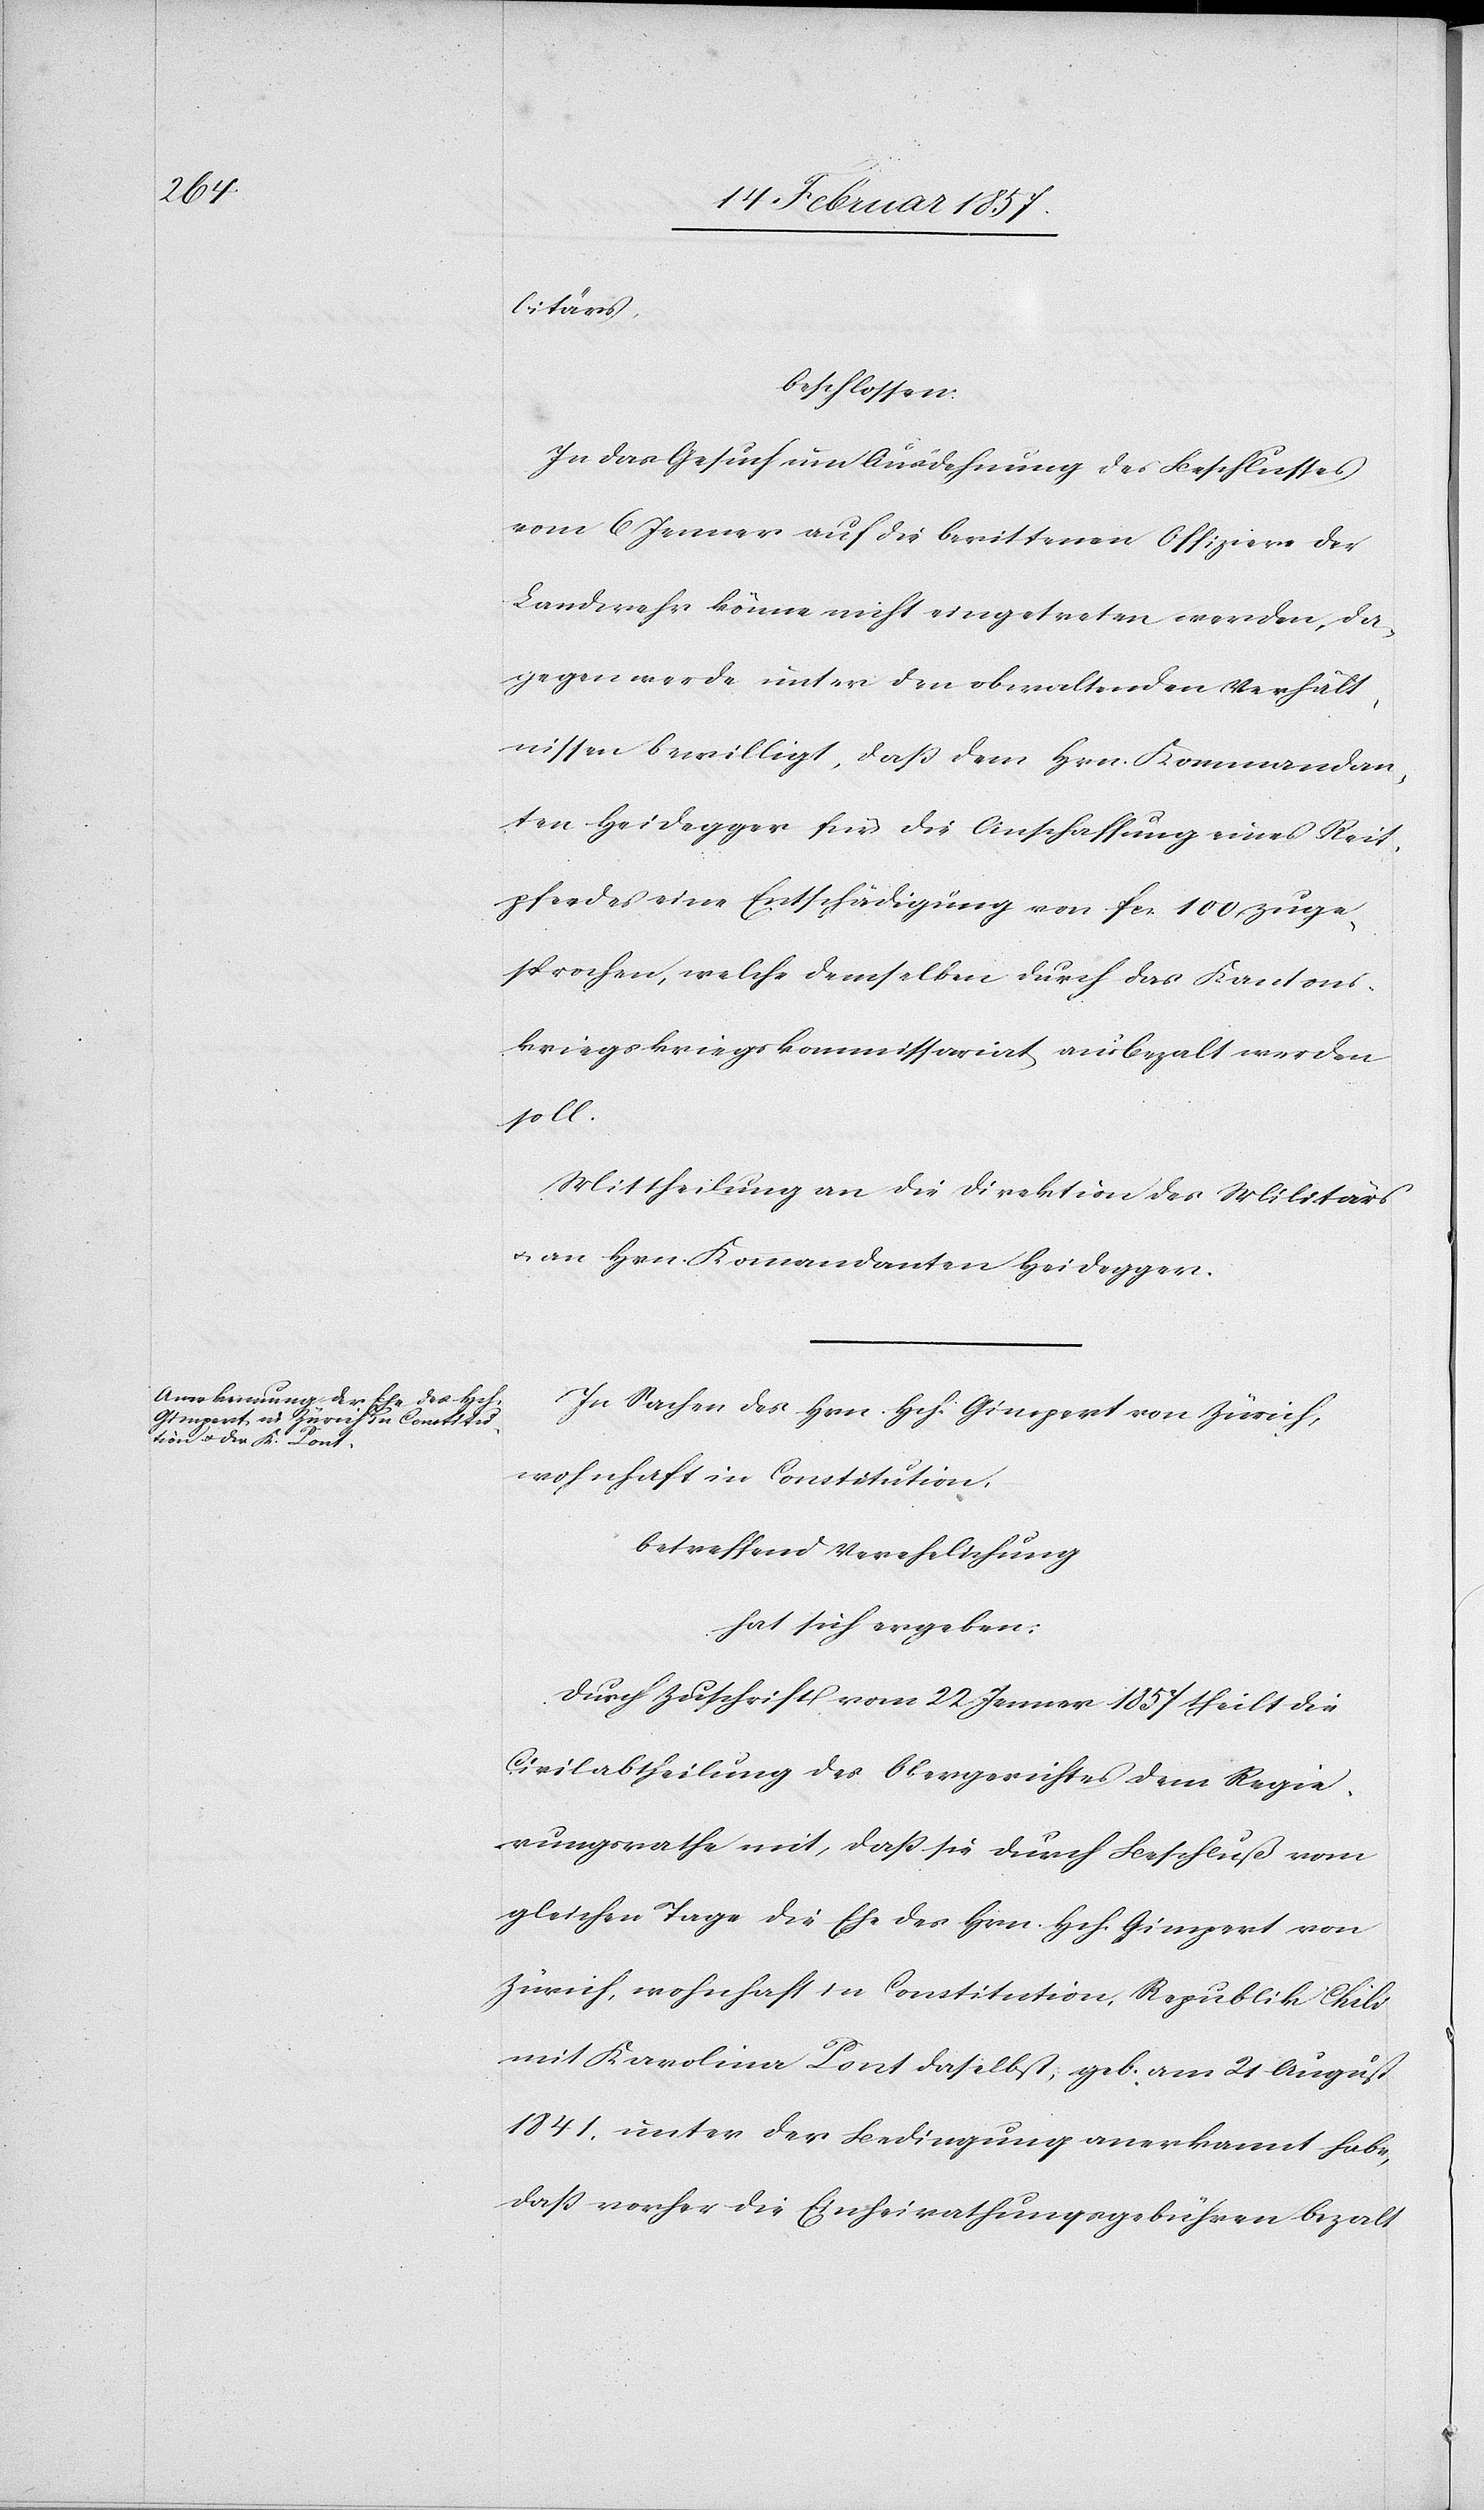
litärs
beschlossen:
In das Gesuch um Ausdehnung des Beschlusses
vom 6 Jenner auf die berittenen Offiziere der
Landwehr könne nicht eingetreten werden, da¬
gegen werde unter den obwaltenden Verhält¬
nissen bewilligt, daß dem Hrn. Kommandan¬
ten Heidegger für die Anschaffung eines Reit¬
pferdes eine Entschädigung von fr. 100 zuge¬
sprochen, welche demselben durch das Kantons¬
kriegskriegskommissariat [sic!] ausbezalt werden
soll.
Mittheilung an die Direktion des Militärs
u. an Hrn. Kommandanten Heidegger.
In Sachen des Hrn. Hch. Gimpert von Zürich,
wohnhaft in Constitution,
betreffend Verehelichung
hat sich ergeben:
Durch Zuschrift vom 22 Jenner 1857 theilt die
Civilabtheilung des Obergerichtes dem Regie¬
rungsrathe mit, daß sie durch Beschluß vom
gleichen Tage die Ehe des Hrn. Hch. Gimpert von
Zürich, wohnhaft in Constitution, Republik Chili
mit Karolina Pont daselbst, geb. am 21 August
1841, unter der Bedingung anerkannt habe,
daß vorher die Einheirathungsgebühren bezalt